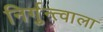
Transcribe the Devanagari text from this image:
निर्गुन्त्वाला